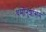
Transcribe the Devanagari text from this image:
धर्मानुशासन